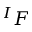
^ { I } F